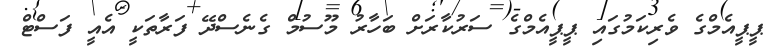
ޕީޕީއެމްގެ ވެރިކަމުގައި ޕީޕީއެމްގެ ސަރުކާރަށް ބަހާރު މޫސުމް ގެނެސްދޭ ފަރާތަކީ އެއީ ފަސްޓް